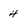
Character: 4